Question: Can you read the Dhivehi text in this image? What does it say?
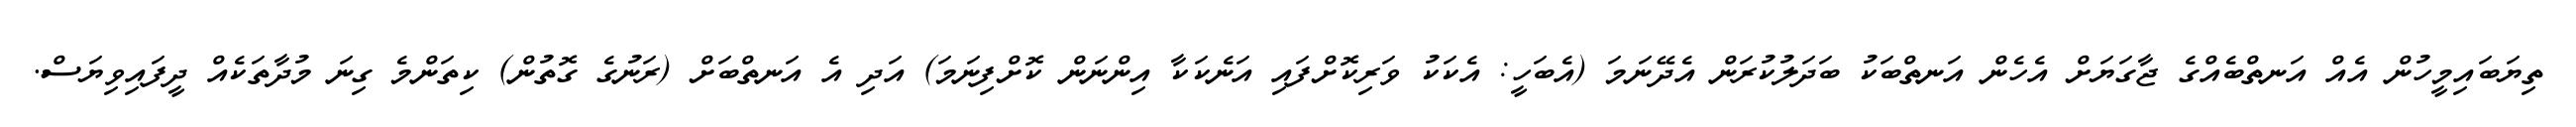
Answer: ތިޔަބައިމީހުން އެއް އަނތްބެއްގެ ޖާގަޔަށް އެހެން އަނތްބަކު ބަދަލުކުރަން އެދޭނަމަ (އެބަހީ: އެކަކު ވަރިކޮށްފައި އަނެކަކާ އިންނަން ކޮށްފިނަމަ) އަދި އެ އަނތްބަށް (ރަނުގެ ގޮތުން) ކިތަންމެ ގިނަ މުދާތަކެއް ދީފައިވިޔަސް.